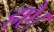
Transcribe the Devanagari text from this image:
हऐ।